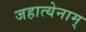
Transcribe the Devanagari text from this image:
जहात्येनाम्‌